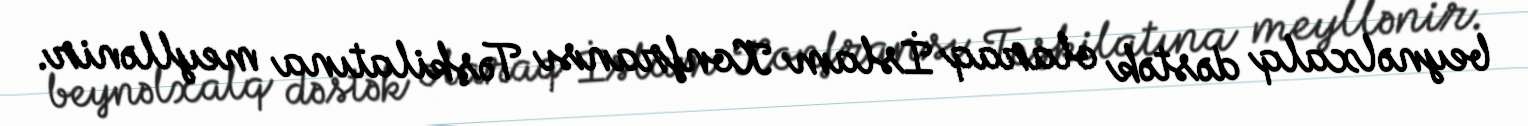
beynəlxalq dəstək olaraq İslam Konfransı Təşkilatına meyllənir.